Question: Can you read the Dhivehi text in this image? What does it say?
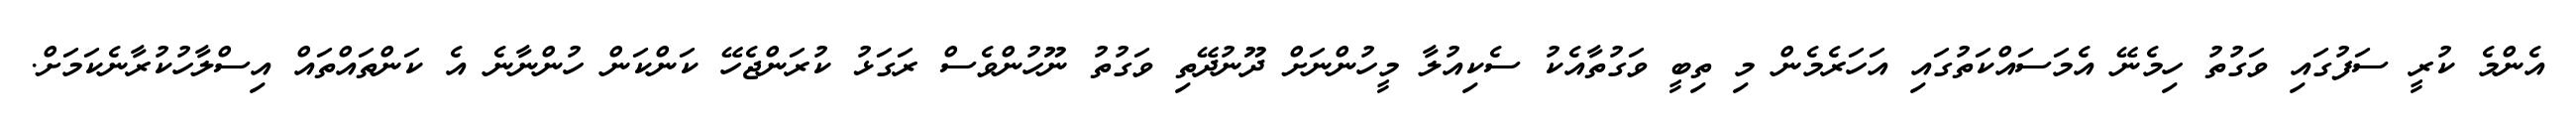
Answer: އެންމެ ކުރީ ސަފުގައި ވަގުތު ހިމެނޭ އެމަސައްކަތުގައި އަހަރެމެން މި ތިބީ ވަގުތާއެކު ސެކިއުލާ މީހުންނަށް ދޫނުދޭތި ވަގުތު ނޫހުންވެސް ރަގަޅު ކުރަންޖެހޭ ކަންކަން ހުންނާނެ އެ ކަންތައްތައް އިސްލާހުކުރާނެކަމަށް.